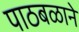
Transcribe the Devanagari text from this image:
पाठबळाने